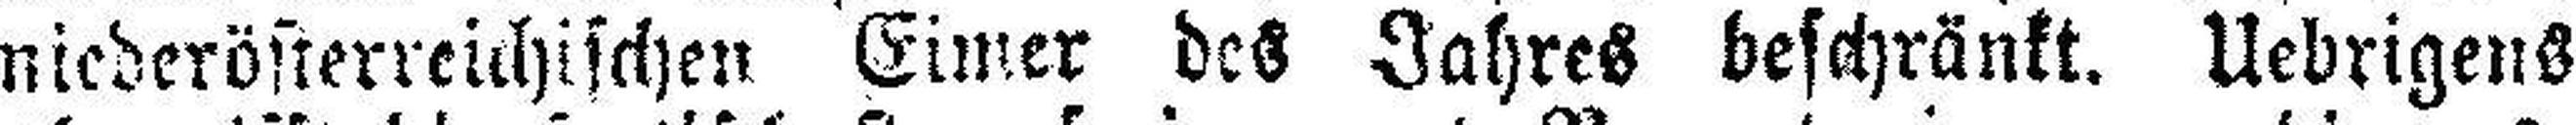
niederösterreichischen Eimer des Jahres beschränkt. Uebrigens